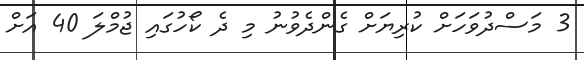
3 މަސްދުވަހަށް ކުރިޔަށް ގެންދެވުނު މި ދެ ކޯހުގައި ޖުމްލަ 40 އަށް